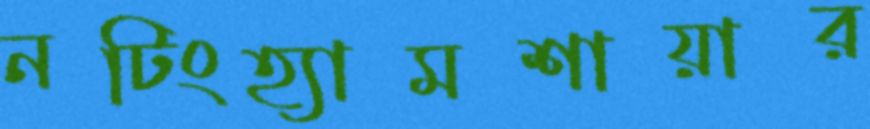
নটিংহ্যামশায়ার